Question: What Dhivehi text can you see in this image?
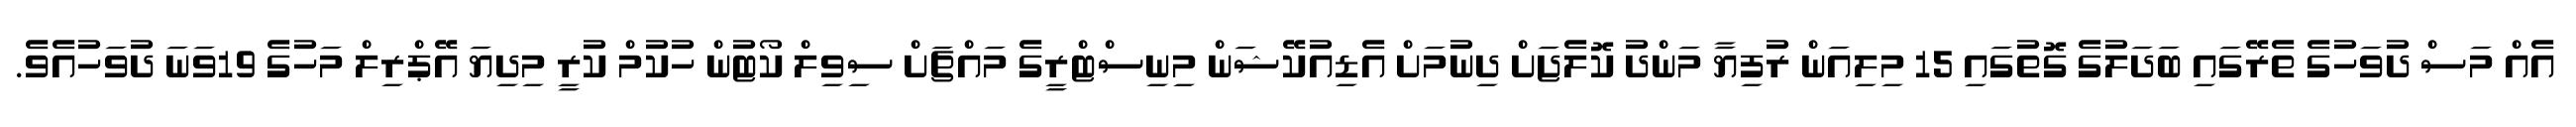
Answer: އެއް މަސް ދުވަހުގެ ތެރޭގައި ބަދަލުގެ ގޮތުގައި 15 މިލިއަން ރުފިޔާ މަންދު ކޮލެޖަށް ދިނުމަށް އެޑިއުކޭޝަން މިނިސްޓްރީގެ މައްޗަށް ސިވިލް ކޯޓުން ހުކުމް ކުރީ މިދިޔަ އޭޕްރިލް މަހުގެ 19ވަނަ ދުވަހުއެވެ.